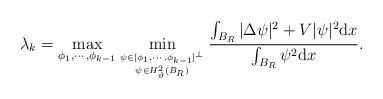
LaTeX: \begin{align*}\lambda_k=\max_{\phi_1,\cdots,\phi_{k-1}}\min_{\psi\in[\phi_1,\cdots,\phi_{k-1}]^\perp\atop \psi\in H_\vartheta^{2}(B_R)}\frac{\int_{B_R} |\Delta\psi|^2 + V|\psi|^2{\rm d}x}{\int_{B_R}\psi^2{\rm d}x}.\end{align*}